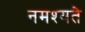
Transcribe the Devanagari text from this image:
नमश्यते